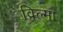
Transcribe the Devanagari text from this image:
व़िल्मा